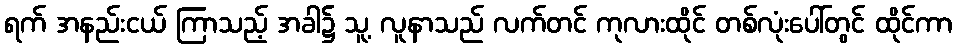
ရက် အနည်းငယ် ကြာသည့် အခါ၌ သူ့ လူနာသည် လက်တင် ကုလားထိုင် တစ်လုံးပေါ်တွင် ထိုင်ကာ